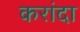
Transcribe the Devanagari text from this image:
करांदा